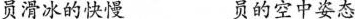
员滑冰的快慢 员的空中姿态